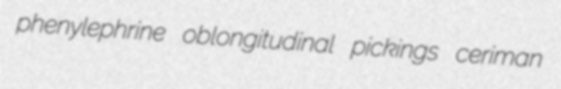
phenylephrine oblongitudinal pickings ceriman